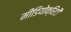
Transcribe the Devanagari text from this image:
मीडियोक्रिटी